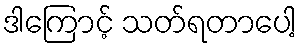
ဒါကြောင့် သတ်ရတာပေါ့